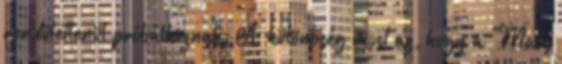
rendületlenül próbálkoznak. A különbség most az, hogy a "Mars